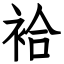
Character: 袷